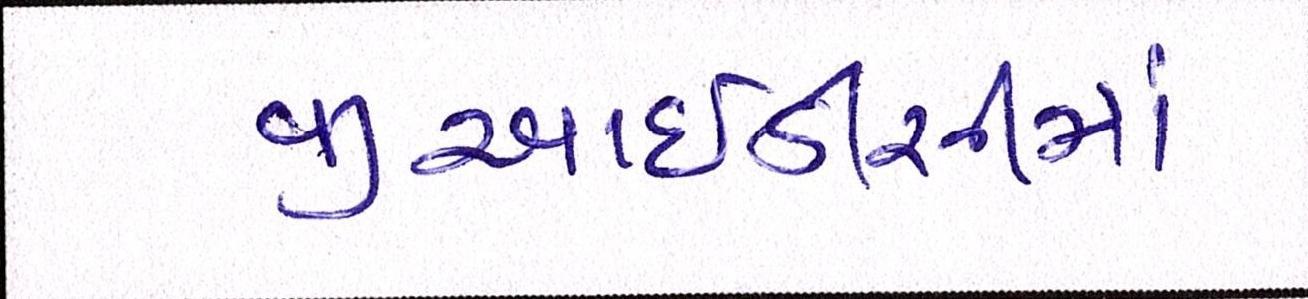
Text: જીઆઇડીસીમાં